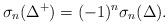
LaTeX: \begin{align*} \sigma_n (\Delta^+ )=(-1)^n \sigma_n (\Delta ) .\end{align*}